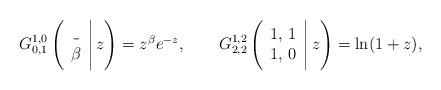
LaTeX: \begin{align*}G^{1,0}_{0,1} \left(\begin{array} {c}\_ \\ \beta \end{array}\Bigg|\, z \right)= z^{\beta}e^{-z},~~~~~~G^{1,2}_{2,2} \left(\begin{array} {c}1,\, 1 \\ 1,\, 0 \end{array}\Bigg|\, z \right)= \ln(1+z),\end{align*}